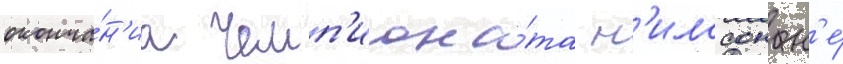
оконча́н'иа чемп'иона́та н'илссон н'е́